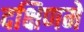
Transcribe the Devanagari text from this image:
दक्षिणमें